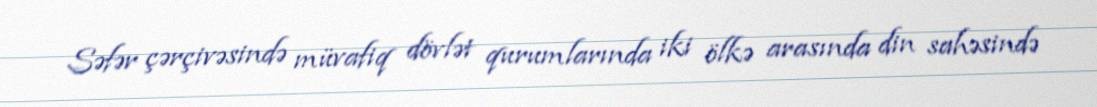
Səfər çərçivəsində müvafiq dövlət qurumlarında iki ölkə arasında din sahəsində